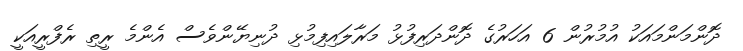
ދޮންމަންމައަކު އުމުރުން 6 އަހަރުގެ ދޮންދަރިފުޅު މަރާލައިފިމުޅި ދުނިޔޭންވެސް އެންމެ ރީތި ރެފްރީއަކީ